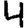
Digit: 4